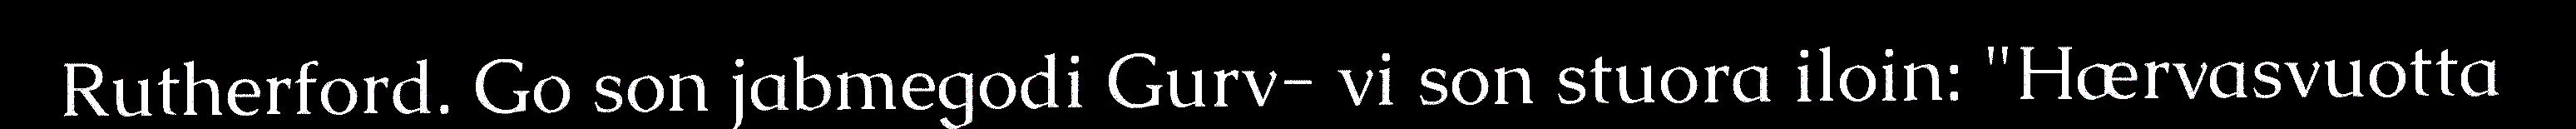
Rutherford. Go son jabmegodi Gurv- vi son stuora iloin: "Hærvasvuotta